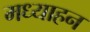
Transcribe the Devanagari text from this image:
मध्याहन